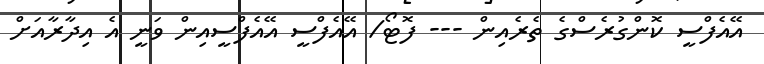
އޭއެފްސީ ކޮންގުރެސްގެ ތެރެއިން --- ފޮޓޯ/ އޭއެފްސީ އޭއެފްސީއިން ވަނީ އެ އިދާރާއަށް